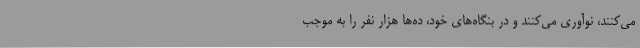
می‌کنند، نوآوری می‌کنند و در بنگاه‌های خود، ده‌ها هزار نفر را به موجب